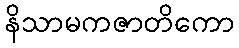
နိသာမကဇာတိကော